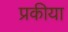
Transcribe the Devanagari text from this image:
प्रकीया